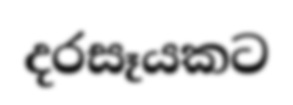
දරසෑයකට